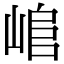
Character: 𡸬